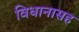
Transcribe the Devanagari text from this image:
विधानासह